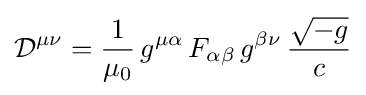
{\mathcal {D}}^{\mu \nu }={\frac {1}{\mu _{0}}}\,g^{\mu \alpha }\,F_{\alpha \beta }\,g^{\beta \nu }\,{\frac {\sqrt {-g}}{c}}